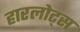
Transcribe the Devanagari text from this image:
हारलोट्स